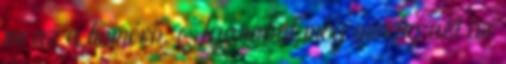
mi az a hőmérő. Igazából még mindig azt az